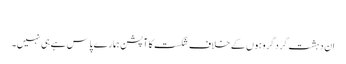
​
ان دہشت گردگروہوں کے خلاف شکست کا آپشن ہمارے پاس ہے ہی نہیں۔